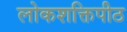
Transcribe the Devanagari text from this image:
लोकशक्तिपीठ